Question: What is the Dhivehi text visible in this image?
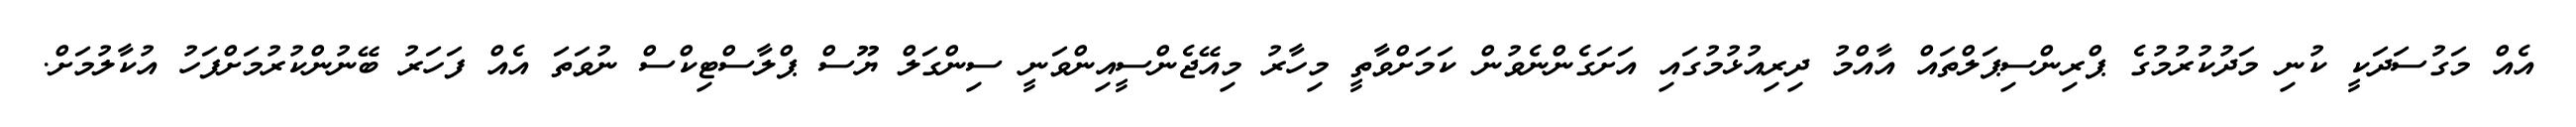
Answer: އެއް މަގުސަދަކީ ކުނި މަދުކުރުމުގެ ޕްރިންސިޕަލްތައް އާއްމު ދިރިއުޅުމުގައި އަށަގެންނެވުން ކަމަށްވާތީ މިހާރު މިއޭޖެންސީއިންވަނީ ސިންގަލް ޔޫސް ޕްލާސްޓިކްސް ނުވަތަ އެއް ފަހަރު ބޭނުންކުރުމަށްފަހު އުކާލުމަށް.